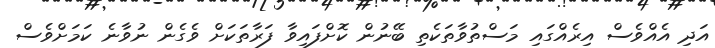
އަދި އެއްވެސް އިރެއްގައި މަސްތުވާތަކެތި ބޭނުން ކޮށްފައިވާ ފަރާތަކަށް ވެގެން ނުވާނެ ކަމަށްވެސް